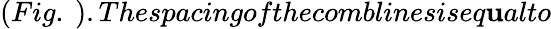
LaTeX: (Fig.\ ).Thespacingofthecomblinesiseq\mathbf{u}alto